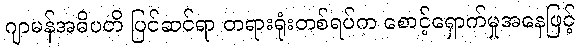
ဂျာမန်အဓိပတိ ပြင်ဆင်ရာ တရားရုံးတစ်ရပ်က စောင့်ရှောက်မှုအနေဖြင့်